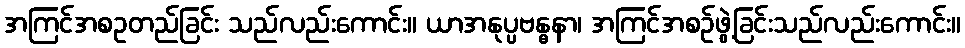
အကြင်အစဥတည်ခြင်း သည်လည်းကောင်း။ ယာအနုပ္ပဗန္ဓနာ၊ အကြင်အစဉ်ဖွဲ့ခြင်းသည်လည်းကောင်း။